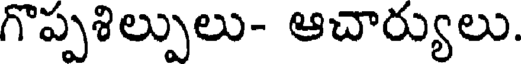
గొప్పశిల్పులు- ఆచార్యులు.